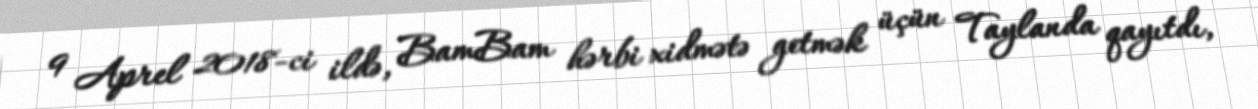
9 Aprel 2018-ci ildə, BamBam hərbi xidmətə getmək üçün Taylanda qayıtdı,